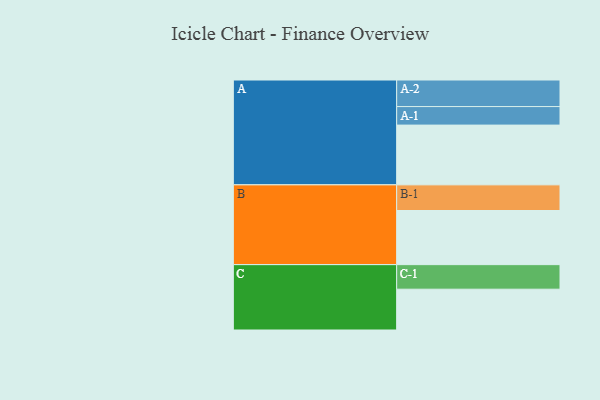
{"axis": {"x": "Segment", "y": "Value"}, "legend": ["", "A", "B", "C"], "data": [{"x": "A", "y": 596, "type": ""}, {"x": "B", "y": 540, "type": ""}, {"x": "C", "y": 407, "type": ""}, {"x": "A-1", "y": 185, "type": "A"}, {"x": "A-2", "y": 265, "type": "A"}, {"x": "B-1", "y": 256, "type": "B"}, {"x": "C-1", "y": 245, "type": "C"}]}